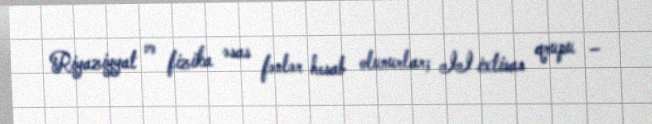
Riyaziyyat və fizika əsas fənlər hesab olunurlar; II ixtisas qrupu –